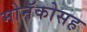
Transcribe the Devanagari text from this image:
मोनॅकोसह